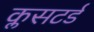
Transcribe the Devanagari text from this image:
क्लसटर्ड